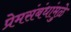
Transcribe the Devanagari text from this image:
प्रेमसंबंधांमुळे